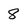
Character: 8